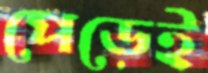
পেড়েই